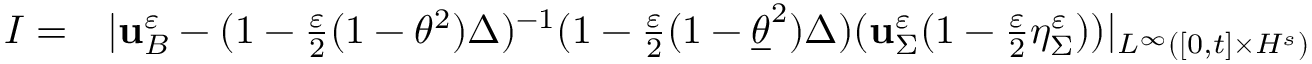
\begin{array} { r l } { I = } & { { } | \mathbf { u } _ { B } ^ { \varepsilon } - ( 1 - \frac { \varepsilon } { 2 } ( 1 - \theta ^ { 2 } ) \Delta ) ^ { - 1 } ( 1 - \frac { \varepsilon } { 2 } ( 1 - \underline { { \theta } } ^ { 2 } ) \Delta ) ( \mathbf { u } _ { \Sigma } ^ { \varepsilon } ( 1 - \frac { \varepsilon } { 2 } \eta _ { \Sigma } ^ { \varepsilon } ) ) | _ { L ^ { \infty } ( [ 0 , t ] \times H ^ { s } ) } } \end{array}